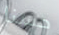
حسنا